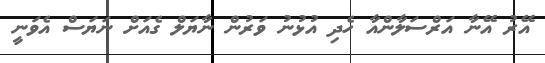
އޭރު އޭނާ އަރްސަލާންއާ ހެދި އުޅުނު ވަރުން ނާޔަލް ގެއަށް ނަޔަސް އެވަނީ